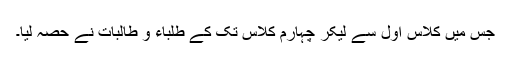
جس میں کلاس اول سے لیکر چہارم کلاس تک کے طلباء و طالبات نے حصہ لیا۔